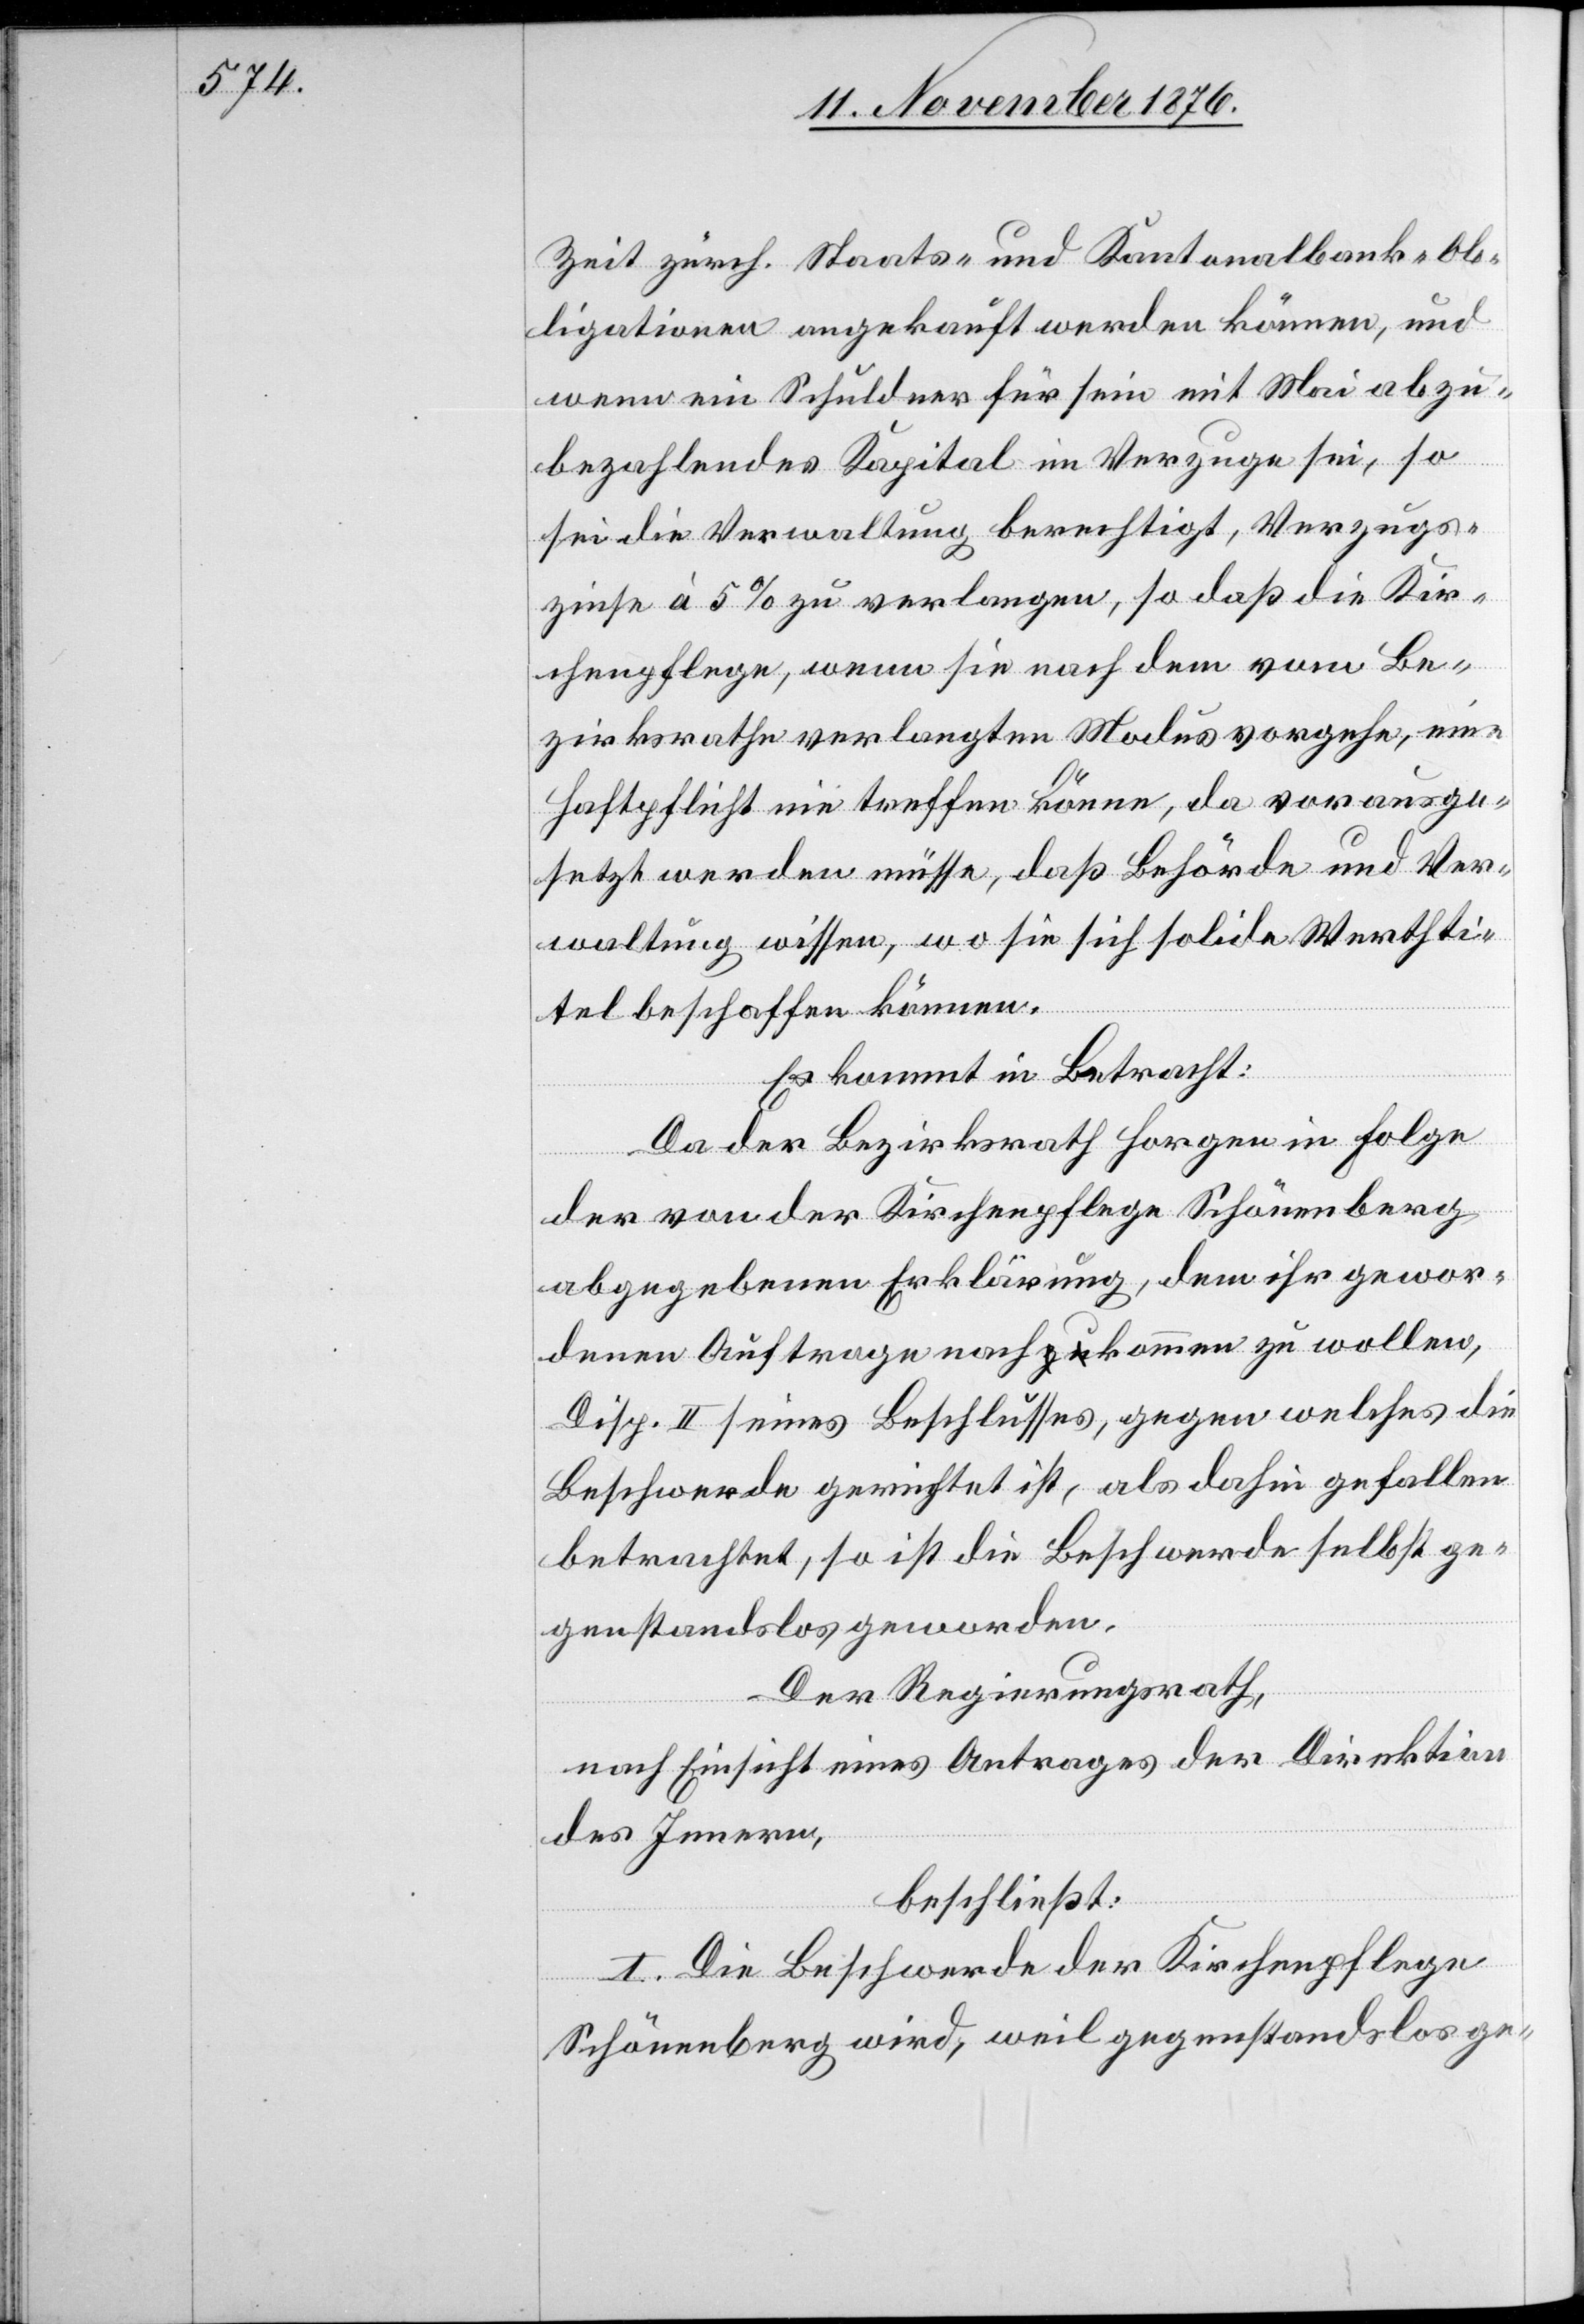
Zeit zürch. Staats- und Kantonalbank-Ob¬
ligationen angekauft werden können, und
wenn ein Schuldner für sein mit Mai abzu¬
bezahlendes Kapital im Verzuge sei, so
sei die Verwaltung berechtigt, Verzugs¬
zinse à 5% zu verlangen, so daß die Kir¬
chenpflege wenn sie nach dem vom Be¬
zirksrathe verlangten Modus vorgehe, eine
Haftpflicht nie treffen könne, da vorausge¬
setzt werden müsse, daß Behörde und Ver¬
waltung wissen, wo sie sich solide Werthti¬
tel beschaffen können.
Es kommt in Betracht:
Da der Bezirksrath Horgen in Folge
der von der Kirchenpflege Schönenberg
abgegebenen Erklärung, dem ihr gewor¬
denen Auftrage nachkommen zu wollen,
Disp. II seines Beschlusses, gegen welches die
Beschwerde gerichtet ist, als dahin gefallen
betrachtet, so ist die Beschwerde selbst ge¬
genstandslos geworden.
Der Regierungsrath,
nach Einsicht eines Antrages der Direktion
des Innern,
beschließt:
I. Die Beschwerde der Kirchenpflege
Schönenberg wird, weil gegenstandslos ge-